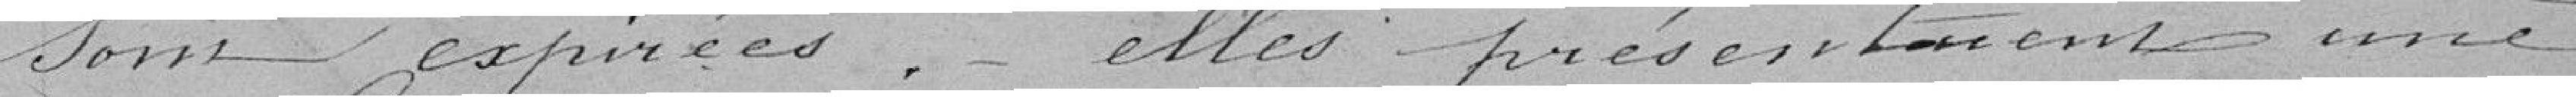
sont expirées, elles présentaient une